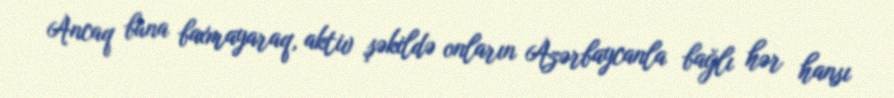
Ancaq buna baxmayaraq, aktiv şəkildə onların Azərbaycanla bağlı hər hansı